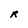
Character: R